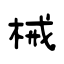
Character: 械